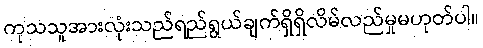
ကုသသူအားလုံးသည်ရည်ရွယ်ချက်ရှိရှိလိမ်လည်မှုမဟုတ်ပါ။